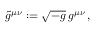
\tilde { g } ^ { \mu \nu } : = \sqrt { - g } \: g ^ { \mu \nu } \, ,